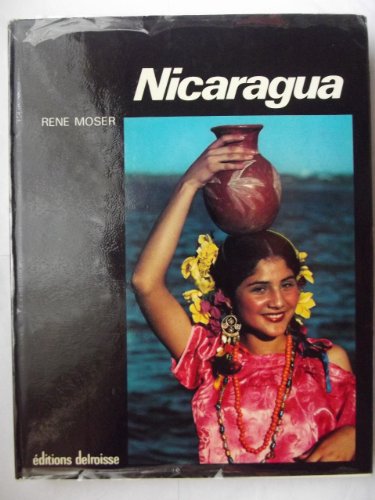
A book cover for Adorable Nicaragua; Rene Moser; Travel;